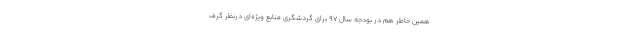
همین خاطر هم در بودجه سال ۹۷ برای گردشگری منابع ویژه‌ای درنظر گرف